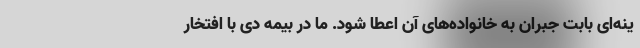
ینه‌ای بابت جبران به خانواده‌های آن اعطا ‌شود. ما در بیمه دی با افتخار